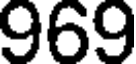
969